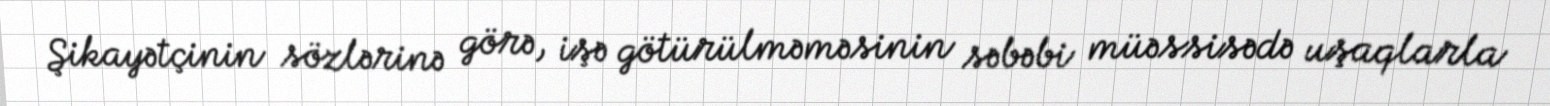
Şikayətçinin sözlərinə görə, işə götürülməməsinin səbəbi müəssisədə uşaqlarla